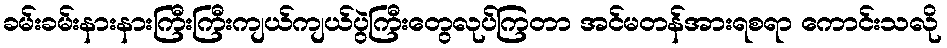
ခမ်းခမ်းနားနားကြီးကြီးကျယ်ကျယ်ပွဲကြီးတွေလုပ်ကြတာ အင်မတန်အားရစရာ ကောင်းသလို